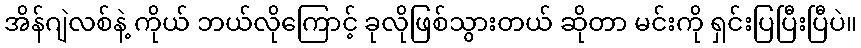
အိန်ဂျဲလစ်နဲ့ ကိုယ် ဘယ်လိုကြောင့် ခုလိုဖြစ်သွားတယ် ဆိုတာ မင်းကို ရှင်းပြပြီးပြီပဲ။